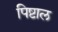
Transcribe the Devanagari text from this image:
पिष्टाल